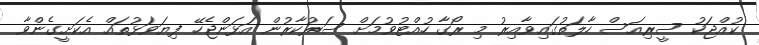
ކުއްޖަކު ސީރިއަސް ހާލަތުގައިވާއިރު މި ރޯގާ ހުއްޓުވުމަށް ސަރުކާރުން އަޅަންޖެހޭ ފިޔަވަޅުތައް އެކަށީގެންވާ